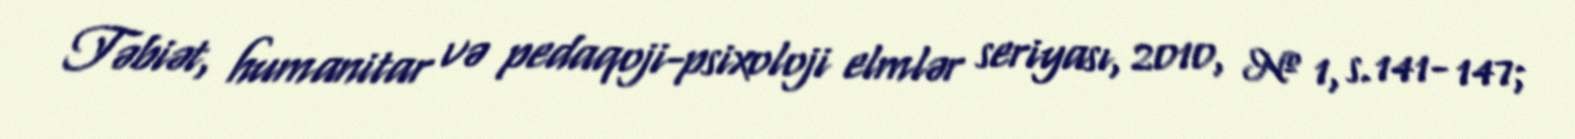
Təbiət, humanitar və pedaqoji-psixoloji elmlər seriyası, 2010, № 1, s.141- 147;